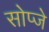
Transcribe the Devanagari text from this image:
सोप्जे